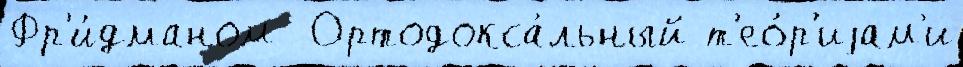
Фр'и́дманом  Ортодокса́льный т'ео́р'иjам'и